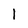
Character: 1